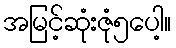
အမြင့်ဆုံးဇုံ၅ပေါ့။